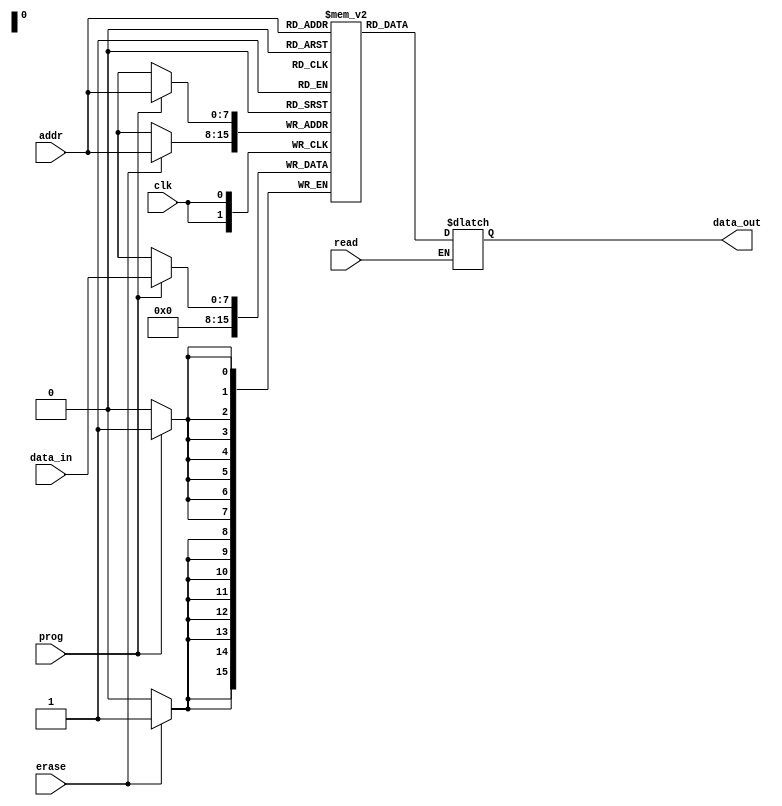
module EPROM(
  input clk,
  input [7:0] addr,
  input [7:0] data_in,
  output reg [7:0] data_out,
  input prog,
  input erase,
  input read
);

reg [7:0] memory [0:255];

always @(posedge clk) begin
  if(prog) begin
    memory[addr] <= data_in;
  end
  if(erase) begin
    memory[addr] <= 8'b0;
  end
end

always @(*) begin
  if(read) begin
    data_out <= memory[addr];
  end
end

endmodule